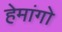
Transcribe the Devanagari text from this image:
हेमांगो